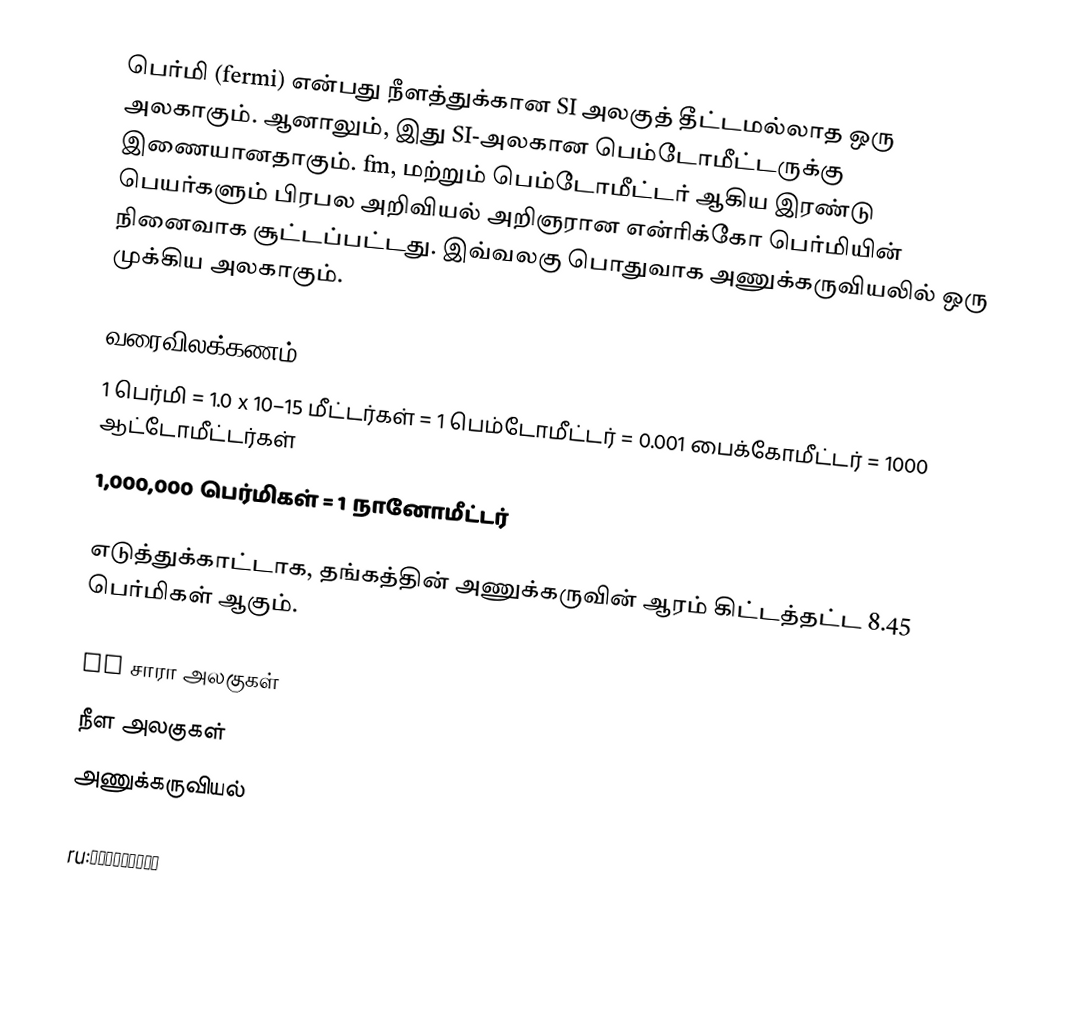
பெர்மி (fermi) என்பது நீளத்துக்கான SI அலகுத் தீட்டமல்லாத ஒரு அலகாகும். ஆனாலும், இது SI-அலகான பெம்டோமீட்டருக்கு இணையானதாகும். fm, மற்றும் பெம்டோமீட்டர் ஆகிய இரண்டு பெயர்களும் பிரபல அறிவியல் அறிஞரான என்ரிக்கோ பெர்மியின் நினைவாக சூட்டப்பட்டது. இவ்வலகு பொதுவாக அணுக்கருவியலில் ஒரு முக்கிய அலகாகும்.

வரைவிலக்கணம்
 1 பெர்மி = 1.0 x 10–15 மீட்டர்கள் = 1 பெம்டோமீட்டர் = 0.001 பைக்கோமீட்டர் = 1000 ஆட்டோமீட்டர்கள்
 1,000,000 பெர்மிகள் = 1 நானோமீட்டர்

எடுத்துக்காட்டாக, தங்கத்தின் அணுக்கருவின் ஆரம் கிட்டத்தட்ட 8.45 பெர்மிகள் ஆகும்.

SI சாரா அலகுகள்
நீள அலகுகள்
அணுக்கருவியல்

ru:Фемтометр